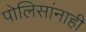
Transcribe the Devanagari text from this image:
पोलिसांनाही